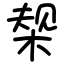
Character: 椝